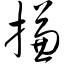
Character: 搛